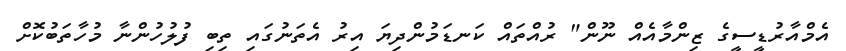
އެމްއާރުޑީސީގެ ޒިންމާއެއް ނޫން" ރުއްތައް ކަނޑަމުންދިޔަ އިރު އެތަނުގައި ތިބި ފުލުހުންނާ މުހާތަބުކޮށް